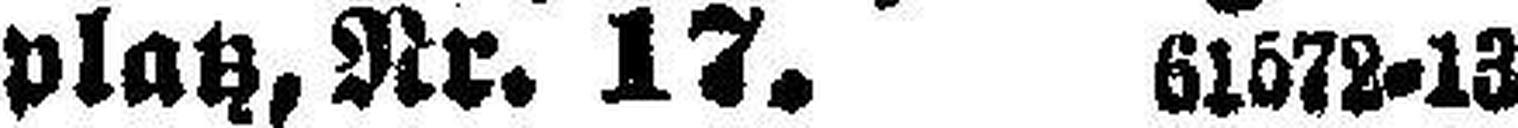
platz, Nr. 17. 61572=13